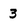
Character: 3